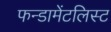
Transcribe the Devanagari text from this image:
फन्डामेंटलिस्ट